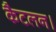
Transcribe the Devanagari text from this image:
कैटलन।